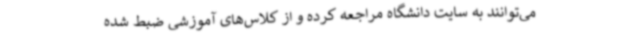
می‌توانند به سایت دانشگاه مراجعه کرده و از کلاس‌های آموزشی ضبط شده